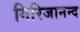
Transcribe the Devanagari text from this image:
गिरिजानन्द